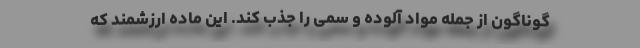
گوناگون از جمله مواد آلوده و سمی را جذب کند. این ماده ارزشمند که